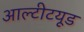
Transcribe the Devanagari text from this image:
आल्टीटयूड